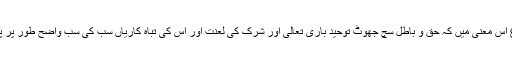
گویا آپ روشن چراغ اس معنیٰ میں کہ حق و باطل سچ جھوٹ توحید باری تعالیٰ اور شرک کی لعنت اور اس کی تباہ کاریاں سب کی سب واضح طور پر پیش کر دی گئی ہیں۔